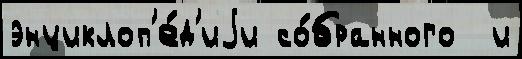
энциклоп'е́д'иjи со́бранного  и